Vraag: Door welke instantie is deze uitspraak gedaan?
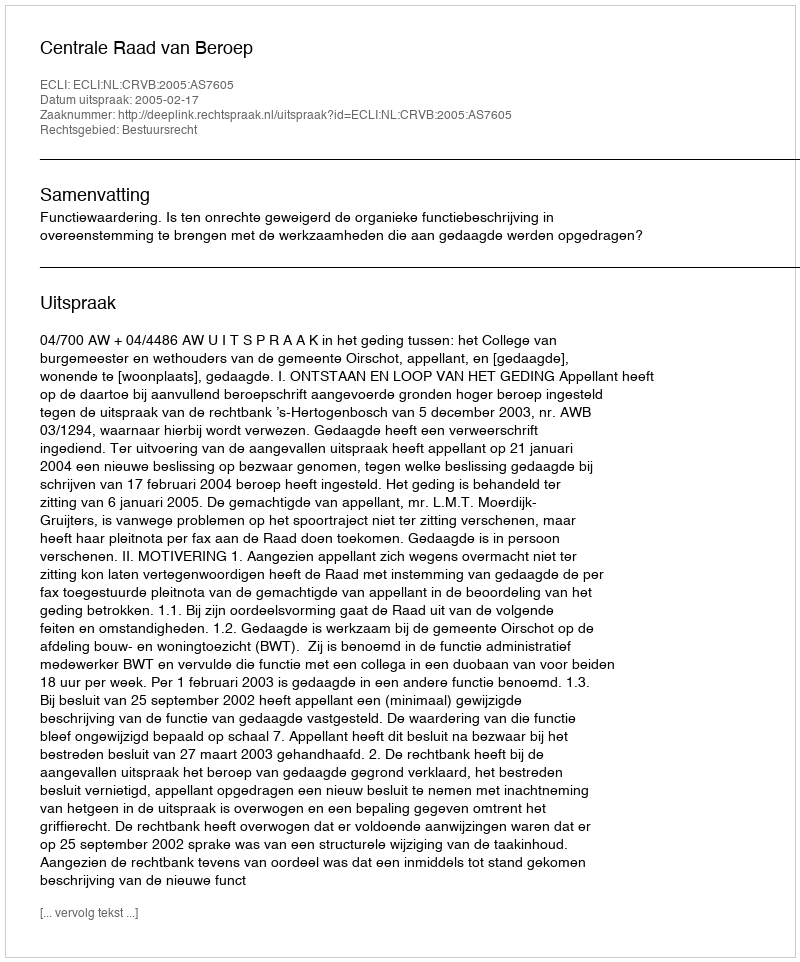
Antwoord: Centrale Raad van Beroep